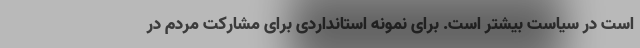
است در سیاست بیشتر است. برای نمونه استانداردی برای مشارکت مردم در